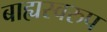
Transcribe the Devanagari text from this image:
बाह्यस्वरुप